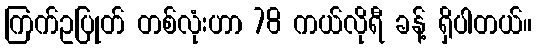
ကြက်ဥပြုတ် တစ်လုံးဟာ 78 ကယ်လိုရီ ခန့် ရှိပါတယ်။